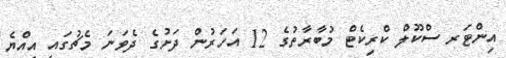
އިންޓަރ ސްކޫލް ކްރިކެޓް މުބާރާތުގެ 12 އަހަރުން ދަށުގެ ދެވަނަ މެޗުގައި އިއްޔެ